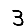
Digit: 3